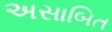
અસાબિત